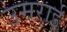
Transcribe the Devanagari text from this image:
उमराई